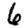
Digit: 6